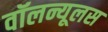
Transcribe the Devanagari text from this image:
वॉलन्यूलस